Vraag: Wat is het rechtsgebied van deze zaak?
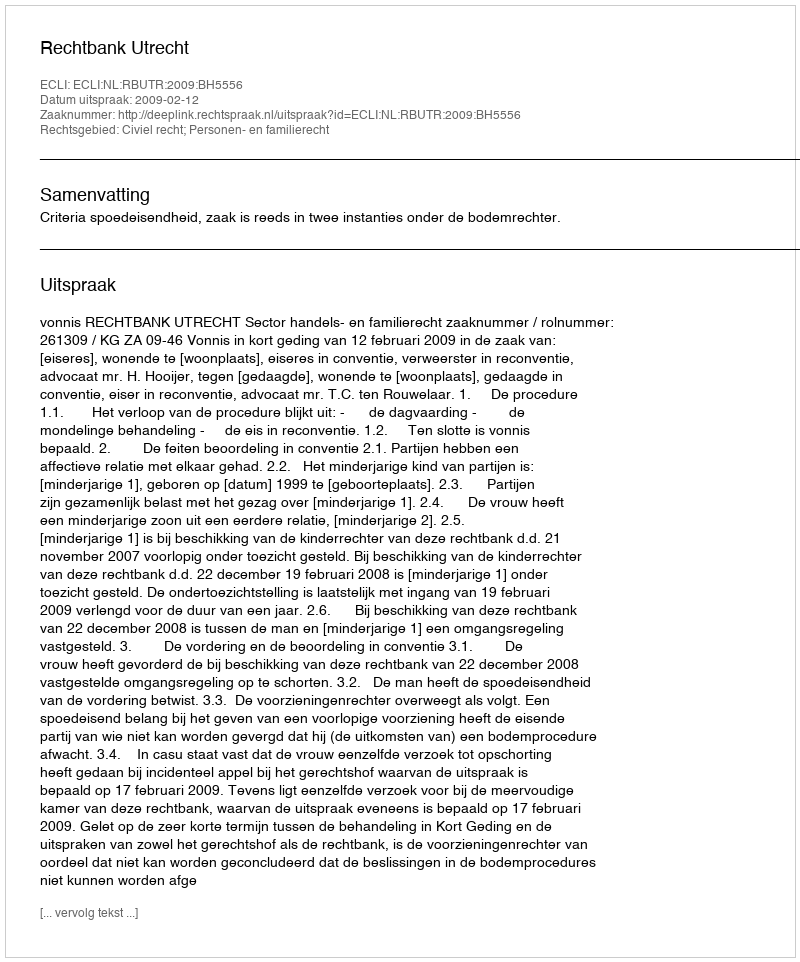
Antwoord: Civiel recht; Personen- en familierecht